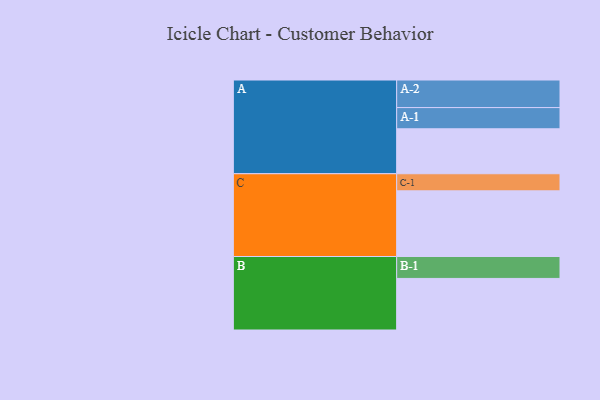
{"axis": {"x": "Segment", "y": "Value"}, "legend": ["", "A", "B", "C"], "data": [{"x": "A", "y": 373, "type": ""}, {"x": "B", "y": 428, "type": ""}, {"x": "C", "y": 545, "type": ""}, {"x": "A-1", "y": 176, "type": "A"}, {"x": "A-2", "y": 229, "type": "A"}, {"x": "B-1", "y": 182, "type": "B"}, {"x": "C-1", "y": 142, "type": "C"}]}